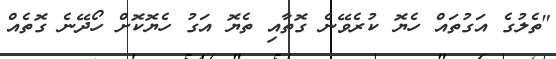
"ތެލުގެ އަގުތައް ހެޔޮ ކުރެވޭނެ ގޮތާއި ތެޔޮ އަގު ހެޔޮކޮށް ހޯދޭނެ ގޮތެއް